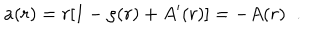
LaTeX: a ( r ) = r [ 1 - \rho ( r ) + A ^ { \prime } ( r ) ] = - A ( r ) \; \; .